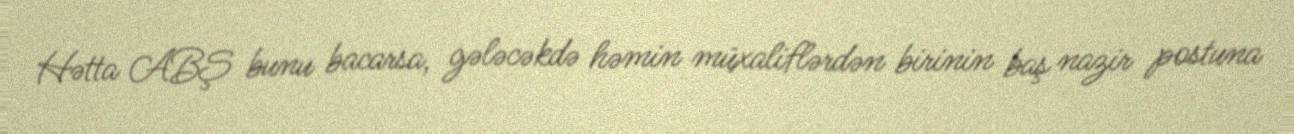
Hətta ABŞ bunu bacarsa, gələcəkdə həmin müxaliflərdən birinin baş nazir postuna